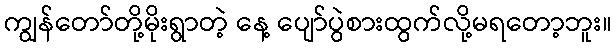
ကျွန်တော်တို့မိုးရွာတဲ့ နေ့ ပျော်ပွဲစားထွက်လို့မရတော့ဘူး။